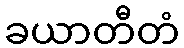
ခယာတီတံ